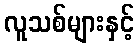
လူသစ်များနှင့်